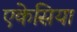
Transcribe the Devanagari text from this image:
एकेसिया